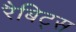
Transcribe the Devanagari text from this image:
रैबिट्स